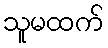
သူမထက်